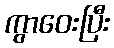
ကွာဝေးပြီး